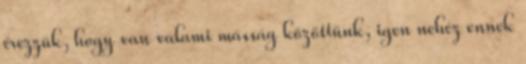
érezzük, hogy van valami másság közöttünk, igen nehéz ennek